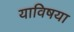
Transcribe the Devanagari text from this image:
याविषया